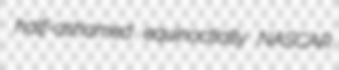
half-ashamed equinoctially NASCAR